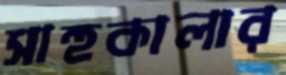
সাহুকালার